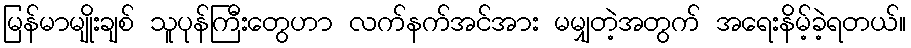
မြန်မာမျိုးချစ် သူပုန်ကြီးတွေဟာ လက်နက်အင်အား မမျှတဲ့အတွက် အရေးနိမ့်ခဲ့ရတယ်။